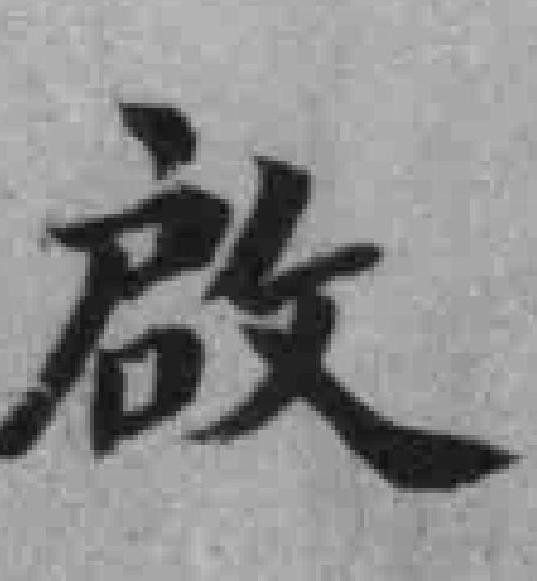
啟